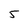
Character: 5